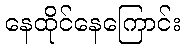
နေထိုင်နေကြောင်း